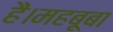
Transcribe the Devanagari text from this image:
हैं।महबूबा